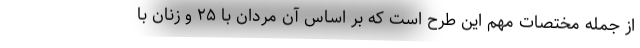
از جمله مختصات مهم این طرح است که بر اساس آن مردان با ۲۵ و زنان با